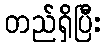
တည်ရှိပြီး